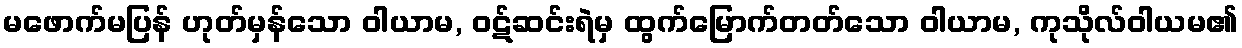
မဖောက်မပြန် ဟုတ်မှန်သော ဝါယာမ, ဝဋ်ဆင်းရဲမှ ထွက်မြောက်တတ်သော ဝါယာမ, ကုသိုလ်ဝါယမ၏